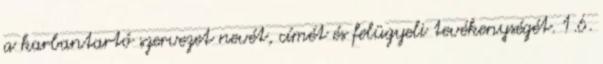
a karbantartó szervezet nevét, címét és felügyeli tevékenységét. 1.6.